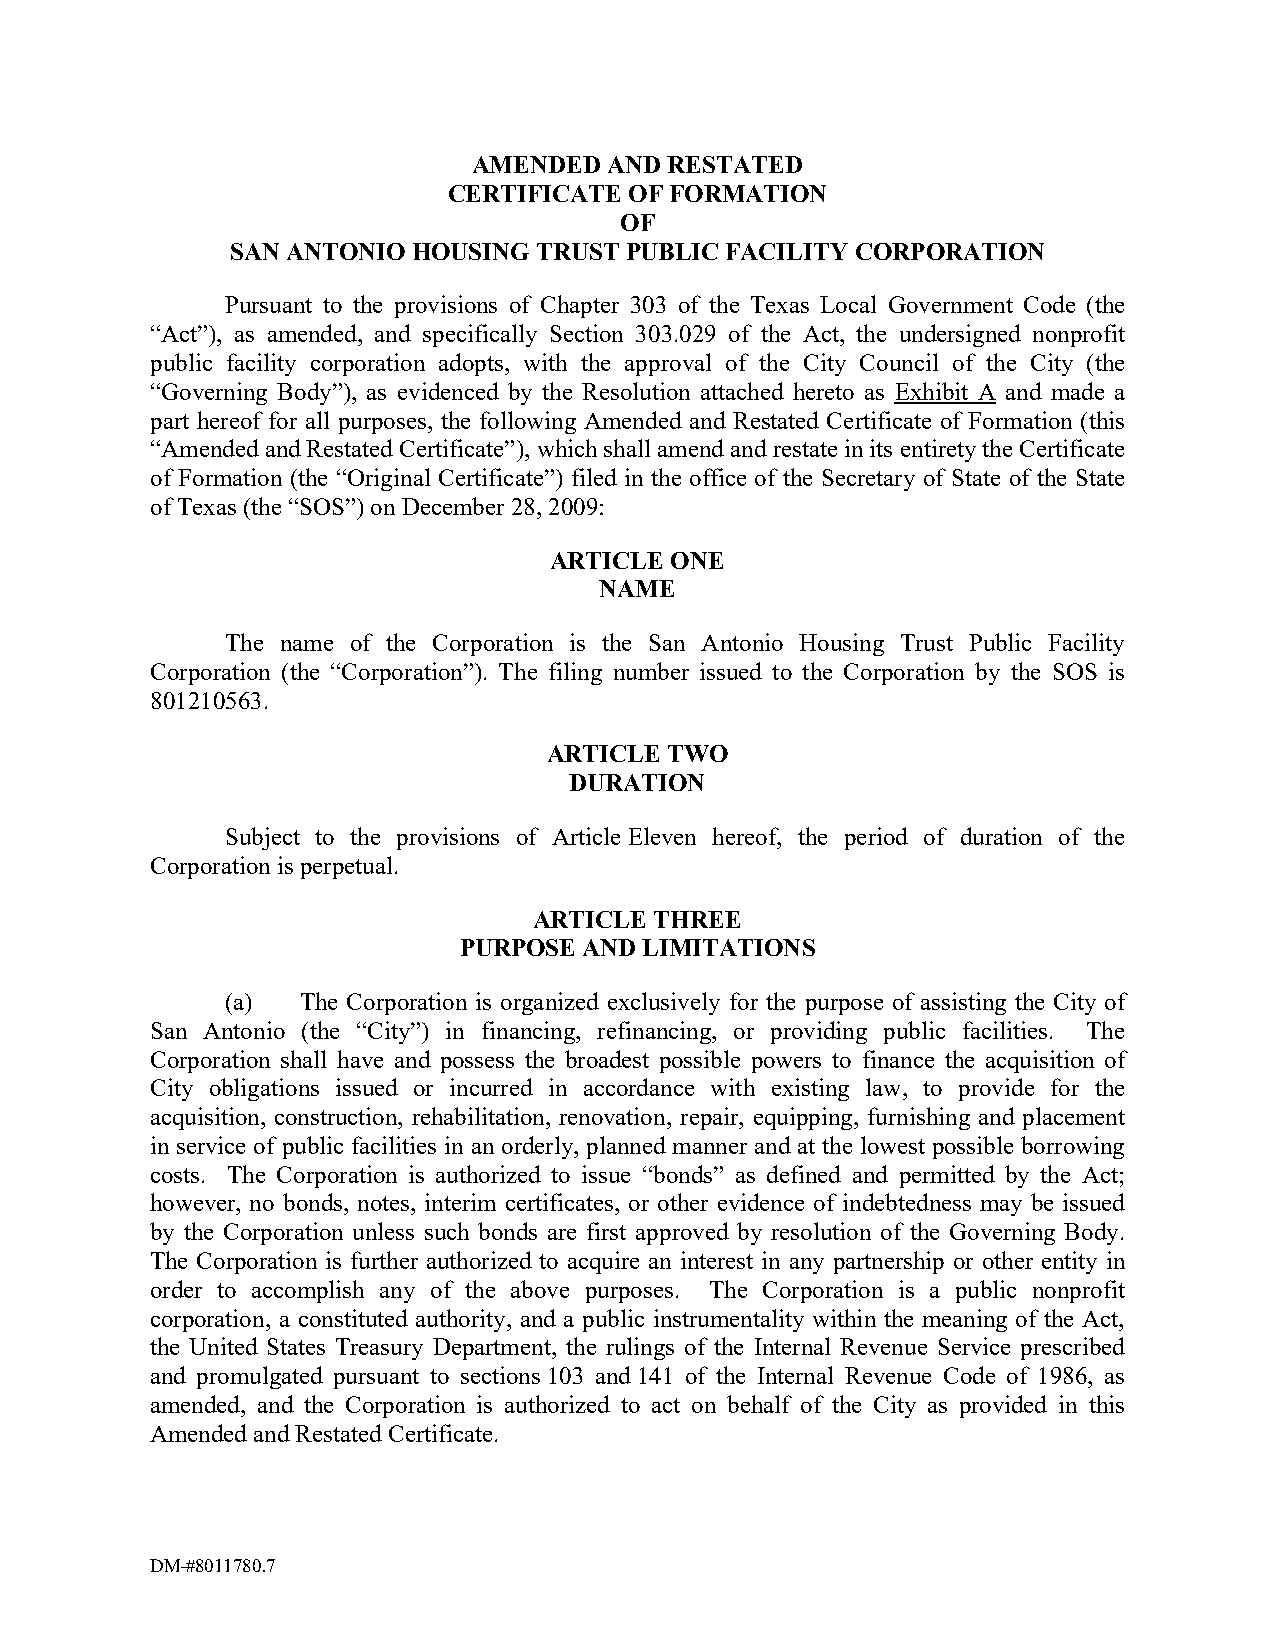
AMENDED  AND RESTATED
 CERTIFICATE OF FORMATION
 OF
 SAN ANTONIO HOUSING TRUST PUBLIC FACILITY CORPORATION
 Pursuant to the provisions of Chapter 303 of the Texas Local Government Code (the
 “Act”), as amended, and specifically Section 303.029 of the Act, the undersigned nonprofit
 public facility corporation adopts, with the approval of the City Council of the City (the
 “Governing Body”), as evidenced by the Resolution attached hereto as Exhibit A and made a
 part hereof for all purposes, the following Amended and Restated Certificate of Formation (this
 “Amended and Restated Certificate”), which shall amend and restate in its entirety the Certificate
 of Formation (the “Original Certificate”) filed in the office of the Secretary of State of the State
 of Texas (the “SOS”) on December 28, 2009:
 ARTICLE ONE
 NAME
 The name of the Corporation is the San Antonio Housing Trust Public Facility
 Corporation (the “Corporation”). The filing number issued to the Corporation by the SOS is
 801210563.
 ARTICLE TWO
 DURATION
 Subject to the provisions of Article Eleven hereof, the period of duration of the
 Corporation is perpetual.
 ARTICLE THREE
 PURPOSE  AND LIMITATIONS
 (a)  The Corporation is organized exclusively for the purpose of assisting the City of
 San Antonio (the “City”) in financing, refinancing, or providing public facilities. The
 Corporation shall have and possess the broadest possible powers to finance the acquisition of
 City obligations issued or incurred in accordance with existing law, to provide for the
 acquisition, construction, rehabilitation, renovation, repair, equipping, furnishing and placement
 in service of public facilities in an orderly, planned manner and at the lowest possible borrowing
 costs. The Corporation is authorized to issue “bonds” as defined and permitted by the Act;
 however, no bonds, notes, interim certificates, or other evidence of indebtedness may be issued
 by the Corporation unless such bonds are first approved by resolution of the Governing Body.
 The Corporation is further authorized to acquire an interest in any partnership or other entity in
 order to accomplish any of the above purposes. The Corporation is a public nonprofit
 corporation, a constituted authority, and a public instrumentality within the meaning of the Act,
 the United States Treasury Department, the rulings of the Internal Revenue Service prescribed
 and promulgated pursuant to sections 103 and 141 of the Internal Revenue Code of 1986, as
 amended, and the Corporation is authorized to act on behalf of the City as provided in this
 Amended and Restated Certificate.
 DM-#8011780.7